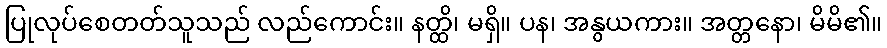
ပြုလုပ်စေတတ်သူသည် လည်ကောင်း။ နတ္ထိ၊ မရှိ။ ပန၊ အနွယကား။ အတ္တနော၊ မိမိ၏။